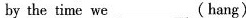
by the time we ___ ( hang )